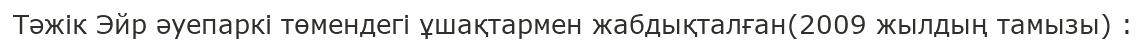
Тәжік Эйр әуепаркі төмендегі ұшақтармен жабдықталған(2009 жылдың тамызы) :